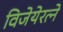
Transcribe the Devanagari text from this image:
विजेयेरत्ने